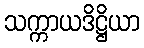
သက္ကာယဒိဋ္ဌိယာ